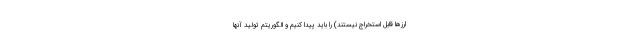
ارزها قابل استخراج نیستند) را باید پیدا کنیم و الگوریتم تولید آنها